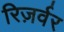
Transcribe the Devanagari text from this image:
रिज़र्वर